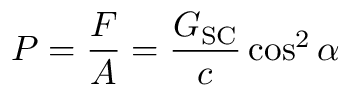
P = { \frac { F } { A } } = { \frac { G _ { \mathrm { S C } } } { c } } \cos ^ { 2 } \alpha